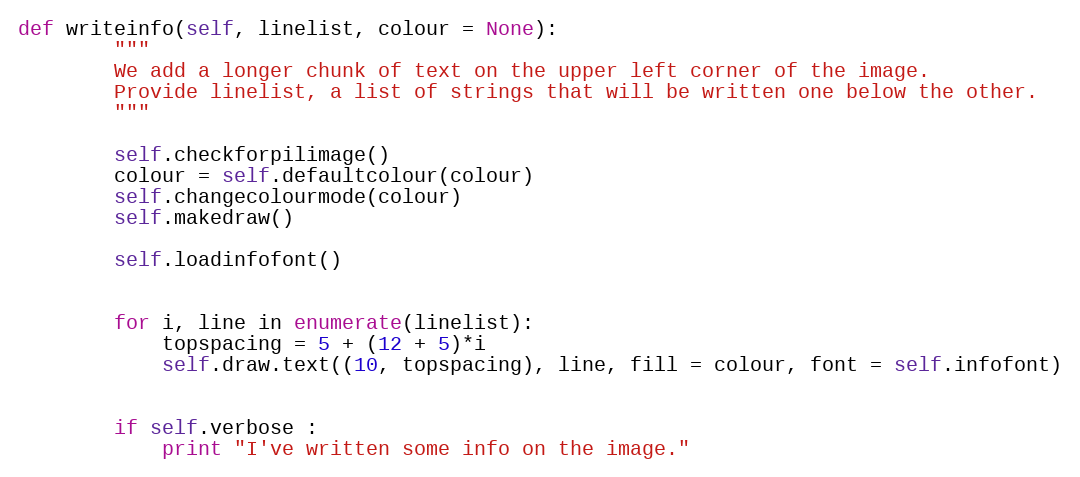
Language: Python
def writeinfo(self, linelist, colour = None):
        """
        We add a longer chunk of text on the upper left corner of the image.
        Provide linelist, a list of strings that will be written one below the other.
        """

        self.checkforpilimage()
        colour = self.defaultcolour(colour)
        self.changecolourmode(colour)
        self.makedraw()

        self.loadinfofont()

        for i, line in enumerate(linelist):
            topspacing = 5 + (12 + 5)*i
            self.draw.text((10, topspacing), line, fill = colour, font = self.infofont)

        if self.verbose :
            print "I've written some info on the image."